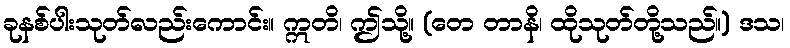
ခုနစ်ပါးသုတ်လည်းကောင်း။ ဣတိ၊ ဤသို့။ (တေ တာနိ၊ ထိုသုတ်တို့သည်။) ဒသ၊